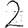
Digit: 2